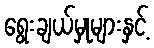
ရွေးချယ်မှုများနှင့်